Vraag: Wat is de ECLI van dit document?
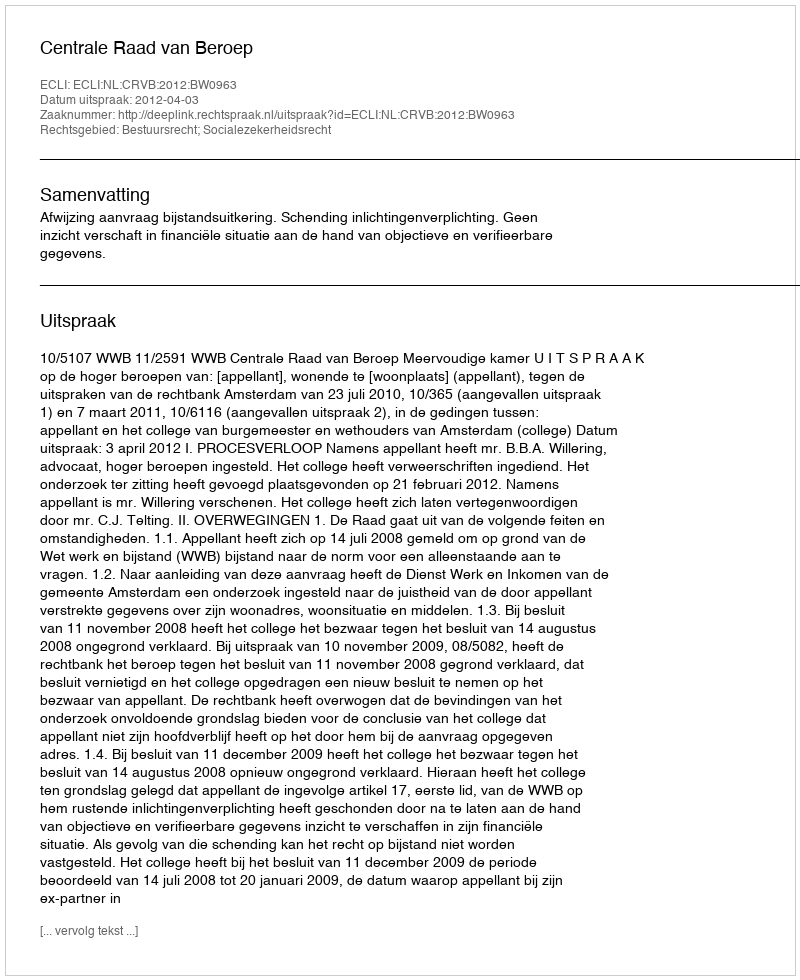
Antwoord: ECLI:NL:CRVB:2012:BW0963